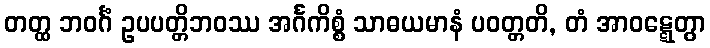
တတ္ထ ဘဝင်္ဂံ ဥပပတ္တိဘဝဿ အင်္ဂကိစ္စံ သာဓယမာနံ ပဝတ္တတိ, တံ အာဝဋ္ဋေတွာ